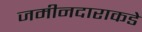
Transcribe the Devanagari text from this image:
जमीनदाराकडे